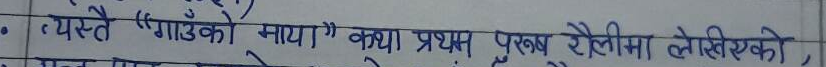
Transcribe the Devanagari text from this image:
यस्तै “गाउँको माया" कथा प्रथम पुरुष शैलीमा लेखिएको,